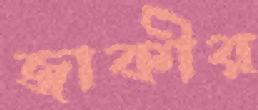
জাকীর